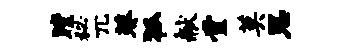
瞠秘兀葵狐献堂莫恩